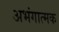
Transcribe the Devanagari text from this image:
अभंगात्मक